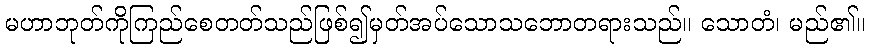
မဟာဘုတ်ကိုကြည်စေတတ်သည်ဖြစ်၍မှတ်အပ်သောသဘောတရားသည်။ သောတံ၊ မည်၏။